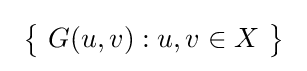
\ {\bigl \{}\ G(u,v):u,v\in X\ {\bigr \}}\